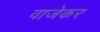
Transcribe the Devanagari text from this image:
वाजेकर